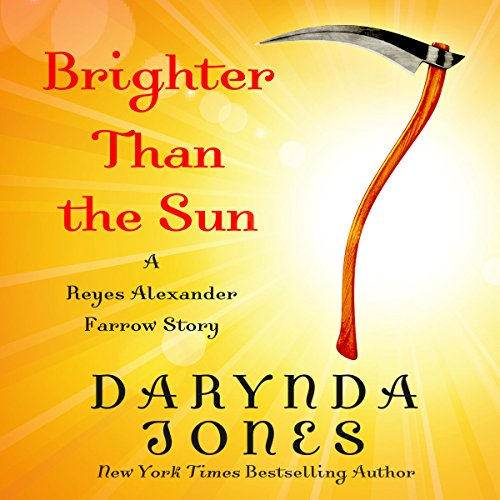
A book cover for Brighter than the Sun; Darynda Jones; Mystery, Thriller & Suspense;